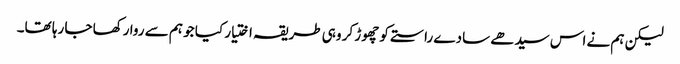
لیکن ہم نے اس سیدھے سادے راستے کو چھوڑ کر وہی طریقہ اختیار کیا جو ہم سے روا رکھا جا رہا تھا۔